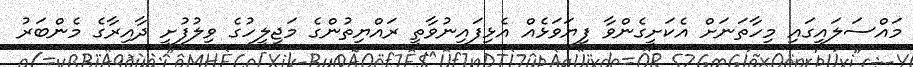
މައްސަލައިގައި މިހާތަނަށް އެކަށީގެންވާ ފިޔަވަޅެއް އެޅިފައިނުވާތީ ރައްޔިތުންގެ މަޖިލީހުގެ ވިލުފުށީ ދާއިރާގެ މެންބަރު